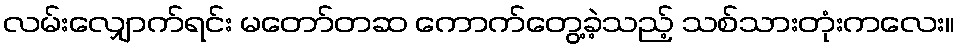
လမ်းလျှောက်ရင်း မတော်တဆ ကောက်တွေ့ခဲ့သည့် သစ်သားတုံးကလေး။